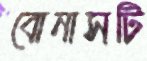
বোনাসটি